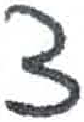
אות: צ